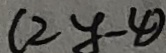
( 2 y - 4 )